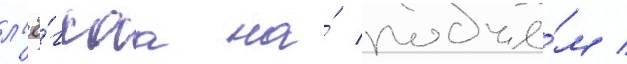
л'ё́гкаа на́ подъё́м /